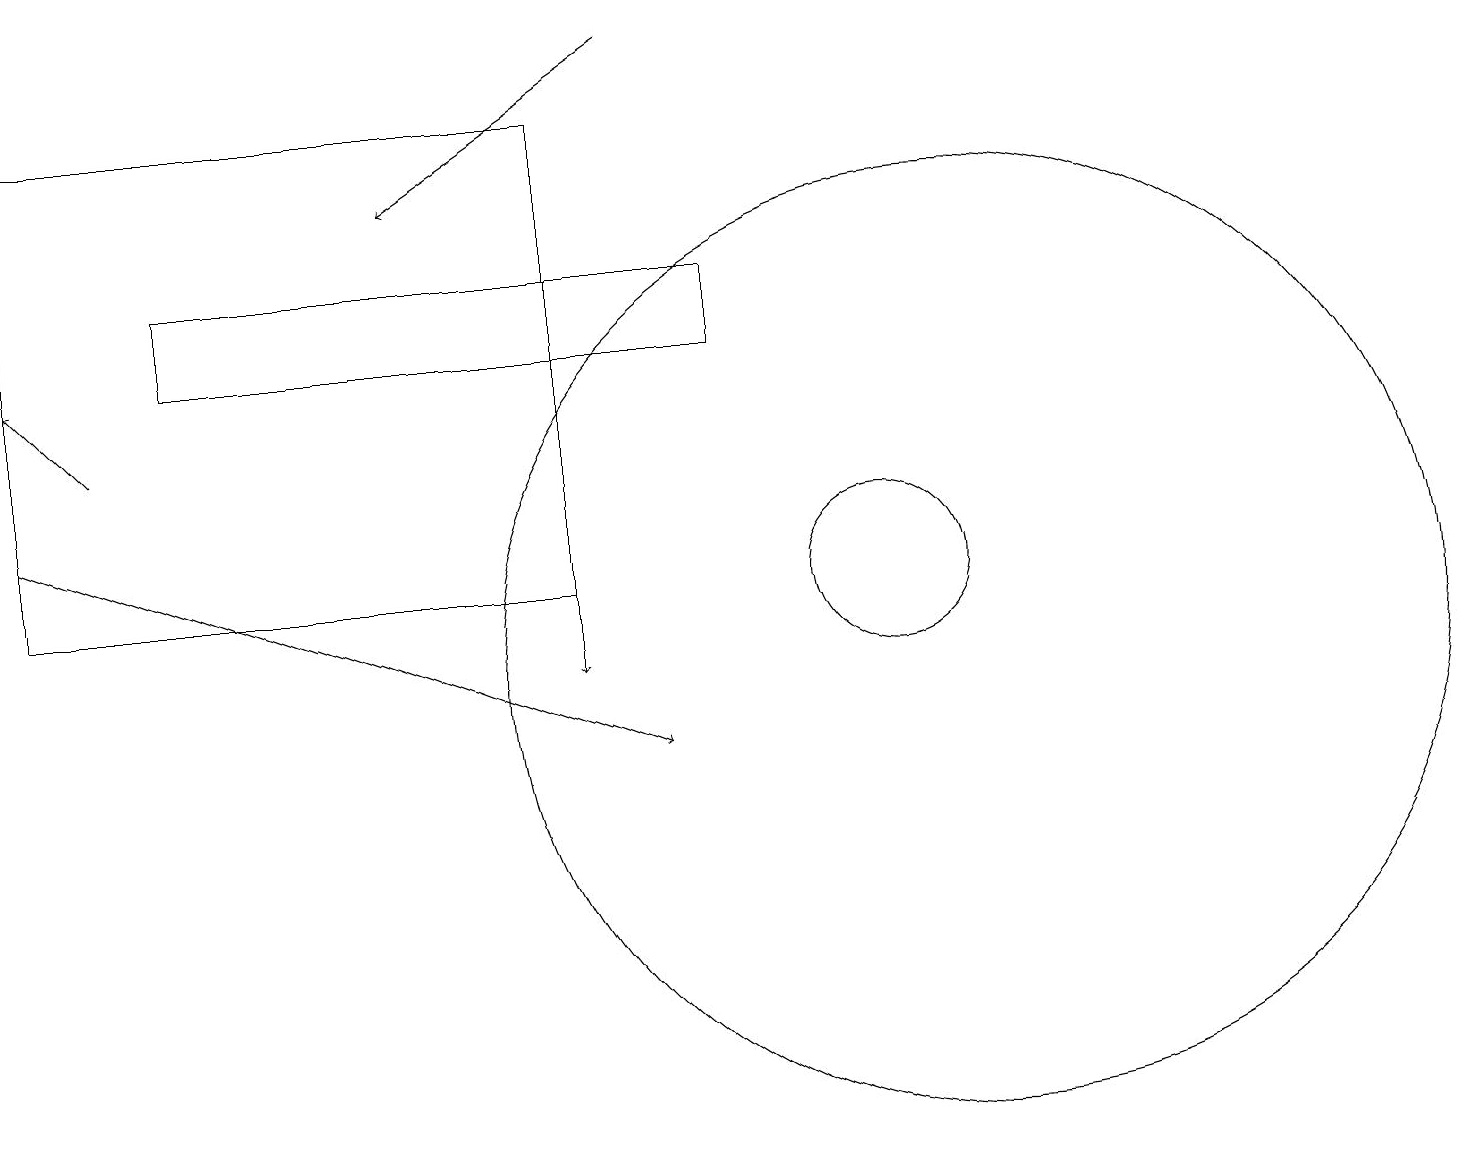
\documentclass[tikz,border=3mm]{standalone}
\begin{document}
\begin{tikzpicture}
\draw[->] (0,13) -- (8,10);
\draw[->] (1,14) -- (0,15);
\draw (11,12) circle (1);
\draw (12,11) circle (6);
\draw[->] (7,14) -- (7,11);
\draw (7,12) rectangle (0,18);
\draw (9,16) rectangle (2,15);
\draw[->] (8,19) -- (5,17);
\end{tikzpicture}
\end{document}